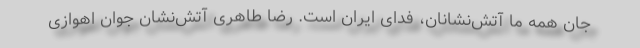
جان همه ما آتش‌نشانان، فدای ایران است. رضا طاهری آتش‌نشان جوان اهوازی